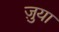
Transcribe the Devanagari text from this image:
ज़ुया